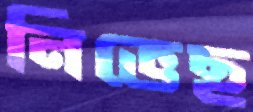
নিভেছ